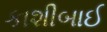
કાશીબાઈ